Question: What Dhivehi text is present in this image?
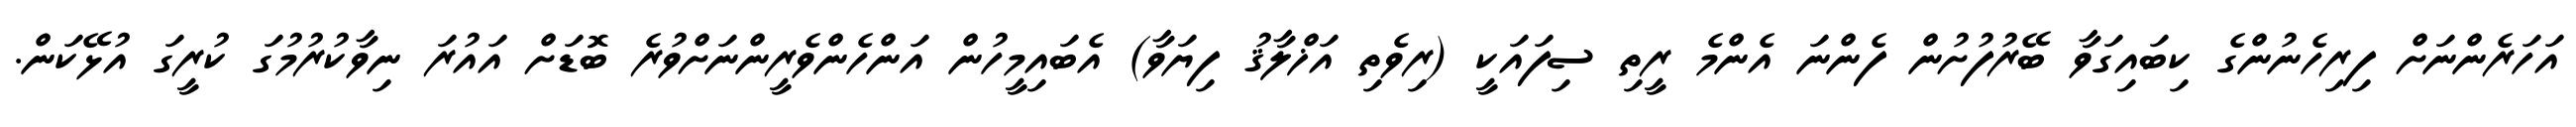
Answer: އަހަރެންނަށް ފިރިހެނުންގެ ކިބައިގަވާ ބޭރުފުށުން ފެންނަ އެންމެ ރީތި ސިފައަކީ (ރިވެތި އަޚްލާޤު ފިޔަވާ) އެބައިމީހުން އަންހެންވެރީންނަށްވުރެ ބޮޑަށް އައުރަ ނިވާކުރުމުގަ ކުރީގަ އުޅޭކަން.